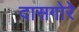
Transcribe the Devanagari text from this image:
दासगोरे